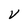
Character: V